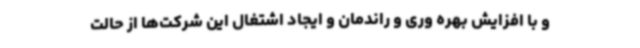
و با افزایش بهره وری و راندمان و ایجاد اشتغال این شرکت‌ها از حالت